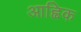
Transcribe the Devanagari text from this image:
आह्विक